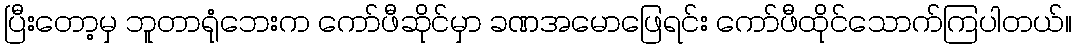
ပြီးတော့မှ ဘူတာရုံဘေးက ကော်ဖီဆိုင်မှာ ခဏအမောဖြေရင်း ကော်ဖီထိုင်သောက်ကြပါတယ်။